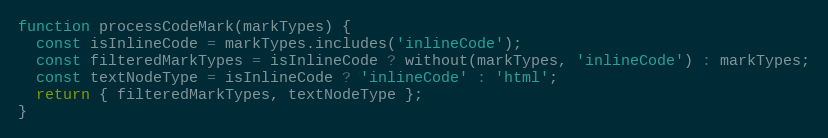
Language: JavaScript
function processCodeMark(markTypes) {
  const isInlineCode = markTypes.includes('inlineCode');
  const filteredMarkTypes = isInlineCode ? without(markTypes, 'inlineCode') : markTypes;
  const textNodeType = isInlineCode ? 'inlineCode' : 'html';
  return { filteredMarkTypes, textNodeType };
}